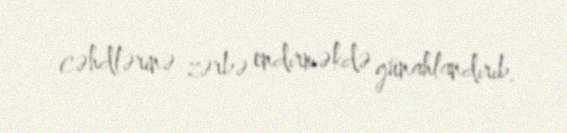
cəhdlərinə zərbə endirməkdə günahlandırıb.